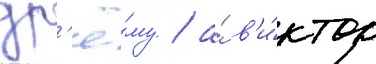
др'ё́му / а́ в'и́ктор